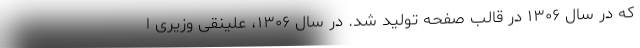
که در سال ۱۳۰۶ در قالب صفحه تولید شد. در سال ۱۳۰۶، علینقی وزیری ا